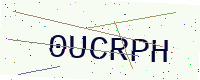
Text: 0UCRPH